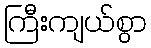
ကြီးကျယ်စွာ